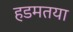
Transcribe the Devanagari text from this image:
हडमतया